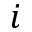
i